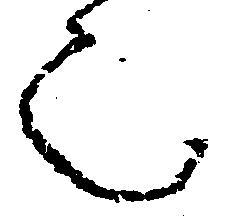
也